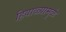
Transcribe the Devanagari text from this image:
हिवाळ्यामुळे